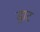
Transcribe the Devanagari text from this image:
ड्राट